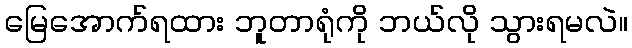
မြေအောက်ရထား ဘူတာရုံကို ဘယ်လို သွားရမလဲ။